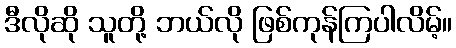
ဒီလိုဆို သူတို့ ဘယ်လို ဖြစ်ကုန်ကြပါလိမ့်။